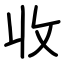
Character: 收